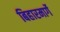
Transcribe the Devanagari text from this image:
बिहारमार्गे